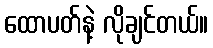
ထောပတ်နဲ့ လိုချင်တယ်။